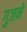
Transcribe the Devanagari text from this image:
गुजने